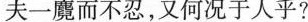
夫一魔而不忍，又何况于人乎?